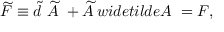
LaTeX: \widetilde { F } \equiv \widetilde { d } \ \widetilde { A } \ + \widetilde { A } \, w i d e t i l d e { A } \ = F ,